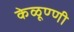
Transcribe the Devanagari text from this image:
केळूण्णी